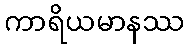
ကာရိယမာနဿ